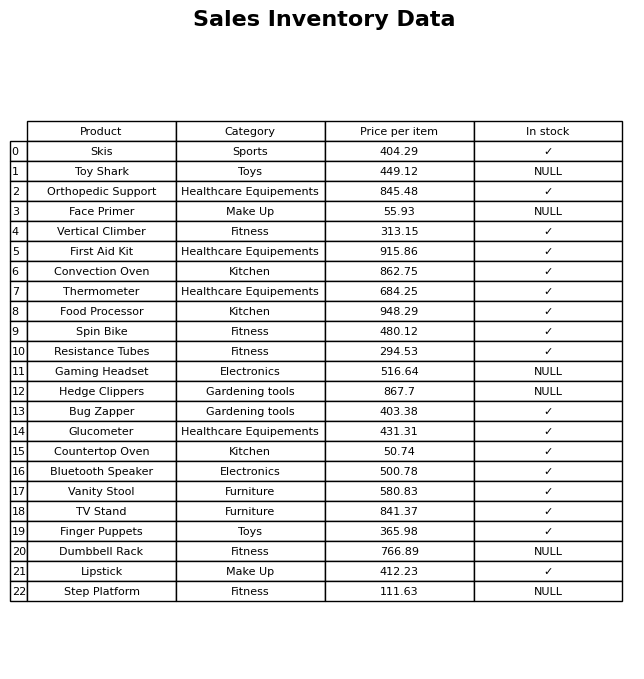
question: What is the price of the Glucometer?
answer: The price of Glucometer is 431.31.